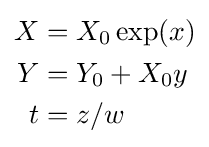
{\begin{aligned}X&=X_{0}\exp(x)\\Y&=Y_{0}+X_{0}y\\t&=z/w\end{aligned}}